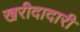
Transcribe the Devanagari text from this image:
खरीदादारी